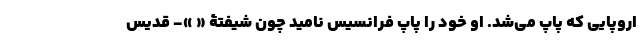
اروپایی که پاپ می‌شد. او خود را پاپ فرانسیس نامید چون شیفتۀ « »- قدیس